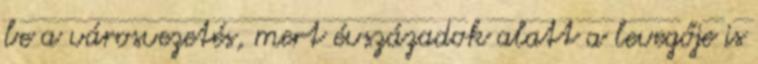
be a városvezetés, mert évszázadok alatt a levegője is